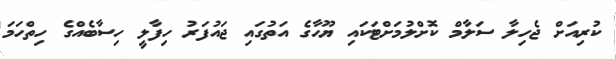
ކުރިއަށް ޖެހިލާ ސަލާމް ކޮށްލުމަށްޓަކައި ޔޫހާގެ އަތުގައި ޖައުފަރު ހިފާލީ ހިސާބެއްގެ ހިތްހަމަ